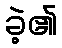
ခဲ့၏